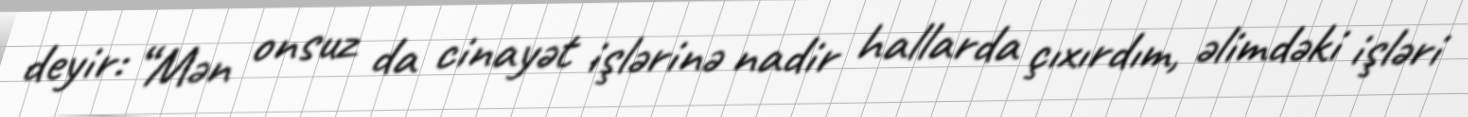
deyir: “Mən onsuz da cinayət işlərinə nadir hallarda çıxırdım, əlimdəki işləri